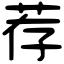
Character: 荐